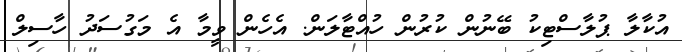
އުކާލާ ޕުލާސްޓިކު ބޭނުން ކުރުން ހުއްޓާލަން. އެހެން ވީމާ އެ މަގުސަދު ހާސިލް